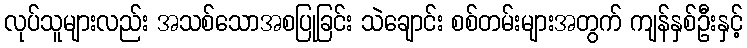
လုပ်သူများလည်း အသစ်သောအစပြုခြင်း သဲချောင်း စစ်တမ်းများအတွက် ကျန်နှစ်ဦးနှင့်